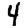
Digit: 4